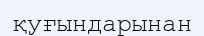
қуғындарынан